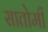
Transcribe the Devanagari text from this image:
सातोमी